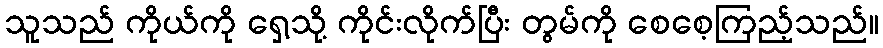
သူသည် ကိုယ်ကို ရှေ့သို့ ကိုင်းလိုက်ပြီး တွမ်ကို စေစေ့ကြည့်သည်။